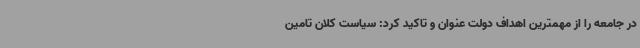
در جامعه را از مهمترین اهداف دولت عنوان و تاکید کرد: سیاست کلان تامین